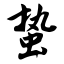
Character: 蛰